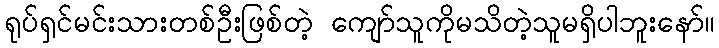
ရုပ်ရှင်မင်းသားတစ်ဦးဖြစ်တဲ့ ကျော်သူကိုမသိတဲ့သူမရှိပါဘူးနော်။